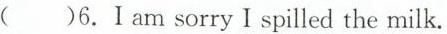
( )6.I am sorry I spilled the milk.